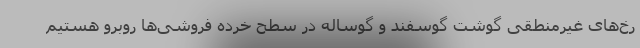
رخ‌های غیرمنطقی گوشت گوسفند و گوساله در سطح خرده فروشی‌ها روبرو هستیم